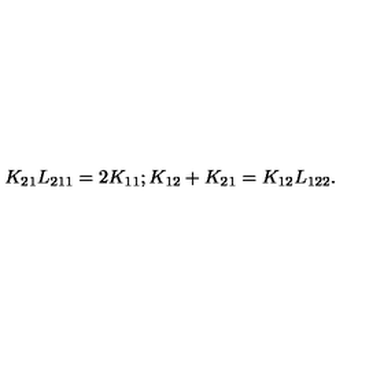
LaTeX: K _ { 2 1 } L _ { 2 1 1 } = 2 K _ { 1 1 } ; K _ { 1 2 } + K _ { 2 1 } = K _ { 1 2 } L _ { 1 2 2 } .